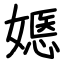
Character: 嫕